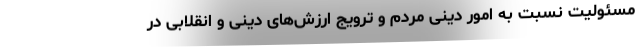
مسئولیت نسبت به امور دینی مردم و ترویج ارزش‌های دینی و انقلابی در